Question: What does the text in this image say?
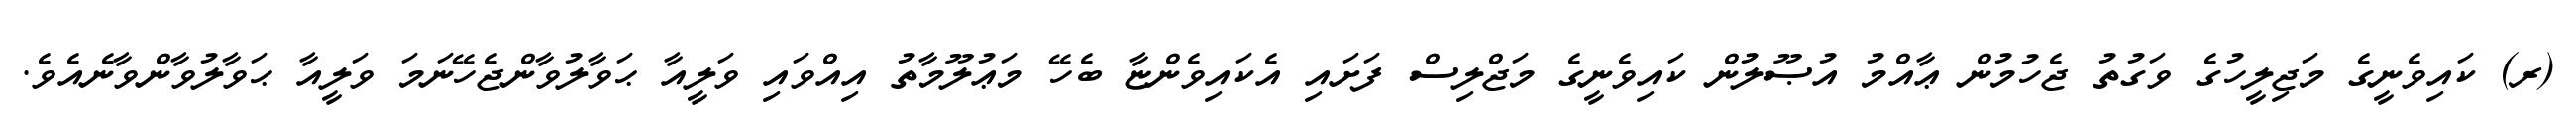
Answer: (ރ) ކައިވެނީގެ މަޖިލީހުގެ ވަގުތު ޖެހުމުން ޢާއްމު އުޞޫލުން ކައިވެނީގެ މަޖްލިސް ފަށައި އެކައިވެންޏާ ބެހޭ މަޢުލޫމާތު އިއްވައި ވަލީއާ ޙަވާލުވާންޖެހޭނަމަ ވަލީއާ ޙަވާލުވާންވާނެއެވެ.